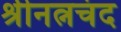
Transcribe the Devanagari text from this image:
श्रीनत्नचंद